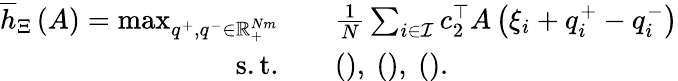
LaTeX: \begin{array}{rl}{\overline{{h}}_{\Xi}\left(A\right)=\operatorname*{max}_{{q}^{+},{q}^{-}\in{\mathbb R}_{+}^{Nm}}\quad}&{\frac{1}{N}\sum_{i\in{\mathcal I}}{c}_{2}^{\top}A\left({\xi}_{i}+{q}_{i}^{+}-{q}_{i}^{-}\right)}\\ {\mathrm{s.t.}\quad}&{\mathrm{(),~(),~().~}}\end{array}